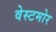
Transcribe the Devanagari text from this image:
वेस्टमोर